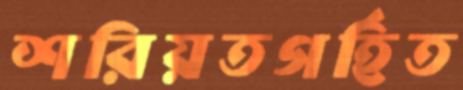
শরিয়তগর্হিত